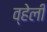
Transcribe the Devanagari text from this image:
व्हेली